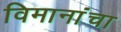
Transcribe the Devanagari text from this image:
विमानांंचा